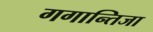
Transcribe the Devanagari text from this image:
गगान्तिजा